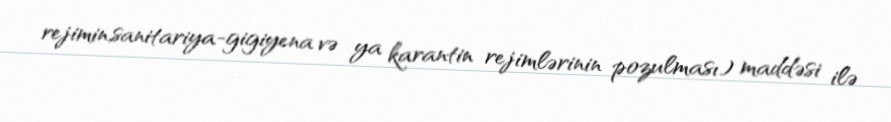
rejimin,sanitariya-gigiyena və ya karantin rejimlərinin pozulması) maddəsi ilə